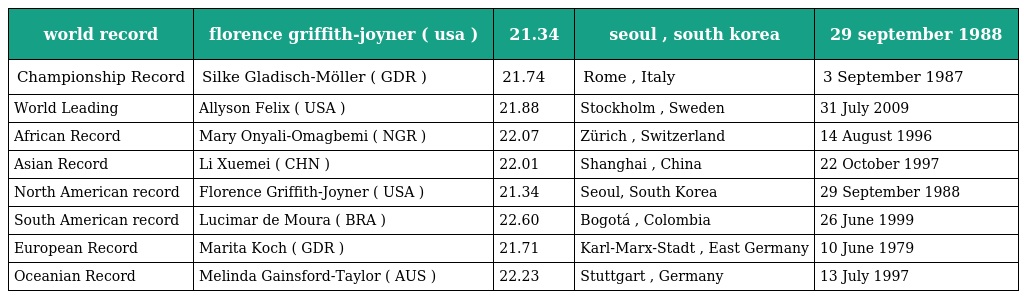
| world record | florence griffith-joyner ( usa ) | 21.34 | seoul , south korea | 29 september 1988 |
 | --- | --- | --- | --- | --- |
 | Championship Record | Silke Gladisch-Möller ( GDR ) | 21.74 | Rome , Italy | 3 September 1987 |
 | World Leading | Allyson Felix ( USA ) | 21.88 | Stockholm , Sweden | 31 July 2009 |
 | African Record | Mary Onyali-Omagbemi ( NGR ) | 22.07 | Zürich , Switzerland | 14 August 1996 |
 | Asian Record | Li Xuemei ( CHN ) | 22.01 | Shanghai , China | 22 October 1997 |
 | North American record | Florence Griffith-Joyner ( USA ) | 21.34 | Seoul, South Korea | 29 September 1988 |
 | South American record | Lucimar de Moura ( BRA ) | 22.60 | Bogotá , Colombia | 26 June 1999 |
 | European Record | Marita Koch ( GDR ) | 21.71 | Karl-Marx-Stadt , East Germany | 10 June 1979 |
 | Oceanian Record | Melinda Gainsford-Taylor ( AUS ) | 22.23 | Stuttgart , Germany | 13 July 1997 |